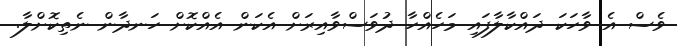
ވެސް އެ ވާހަކަ ދައްކާލާފައި މަހެއްހާ ދުވަސްވާއިރަށް އެކަން އެއްކޮށް ހަނދާން ނެތިކޮށްލާ.